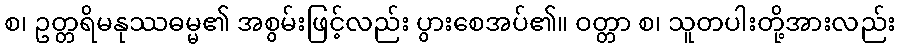
စ၊ ဥတ္တရိမနုဿဓမ္မ၏ အစွမ်းဖြင့်လည်း ပွားစေအပ်၏။ ဝတ္တာ စ၊ သူတပါးတို့အားလည်း